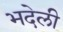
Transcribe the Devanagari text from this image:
भदेली